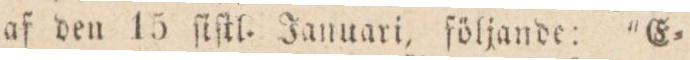
af den 15 ſiſkl. Januari, följande: ”E=